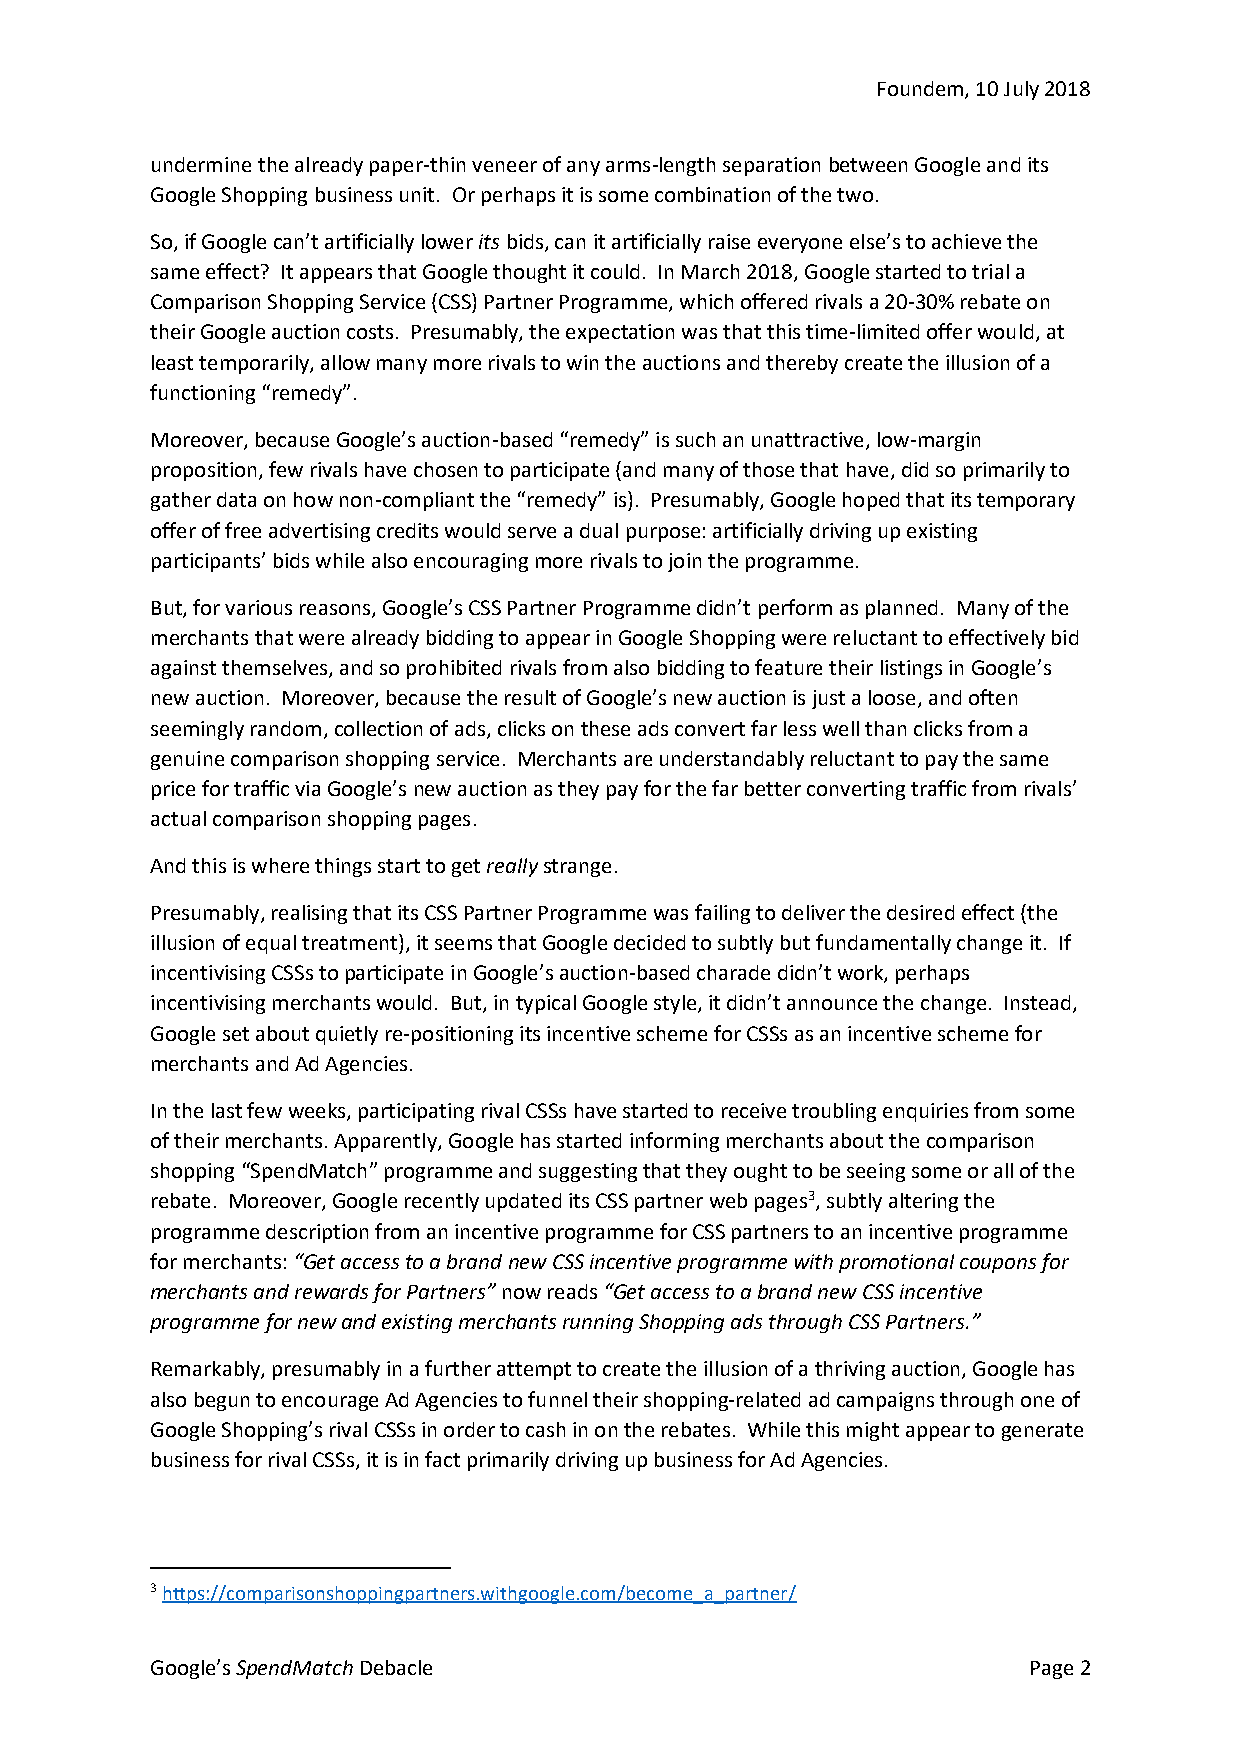
Foundem, 10 July 2018
 undermine the already paper-thin veneer of any arms-length separation between Google and its
 Google Shopping business unit. Or perhaps it is some combination of the two.
 So, if Google can’t artificially lower its bids, can it artificially raise everyone else’s to achieve the
 same effect? It appears that Google thought it could. In March 2018, Google started to trial a
 Comparison Shopping Service (CSS) Partner Programme, which offered rivals a 20-30% rebate on
 their Google auction costs. Presumably, the expectation was that this time-limited offer would, at
 least temporarily, allow many more rivals to win the auctions and thereby create the illusion of a
 functioning “remedy”.
 Moreover, because Google’s auction-based “remedy” is such an unattractive, low-margin
 proposition, few rivals have chosen to participate (and many of those that have, did so primarily to
 gather data on how non-compliant the “remedy” is). Presumably, Google hoped that its temporary
 offer of free advertising credits would serve a dual purpose: artificially driving up existing
 participants’ bids while also encouraging more rivals to join the programme.
 But, for various reasons, Google’s CSS Partner Programme didn’t perform as planned. Many of the
 merchants that were already bidding to appear in Google Shopping were reluctant to effectively bid
 against themselves, and so prohibited rivals from also bidding to feature their listings in Google’s
 new auction. Moreover, because the result of Google’s new auction is just a loose, and often
 seemingly random, collection of ads, clicks on these ads convert far less well than clicks from a
 genuine comparison shopping service. Merchants are understandably reluctant to pay the same
 price for traffic via Google’s new auction as they pay for the far better converting traffic from rivals’
 actual comparison shopping pages.
 And this is where things start to get really strange.
 Presumably, realising that its CSS Partner Programme was failing to deliver the desired effect (the
 illusion of equal treatment), it seems that Google decided to subtly but fundamentally change it. If
 incentivising CSSs to participate in Google’s auction-based charade didn’t work, perhaps
 incentivising merchants would. But, in typical Google style, it didn’t announce the change. Instead,
 Google set about quietly re-positioning its incentive scheme for CSSs as an incentive scheme for
 merchants and Ad Agencies.
 In the last few weeks, participating rival CSSs have started to receive troubling enquiries from some
 of their merchants. Apparently, Google has started informing merchants about the comparison
 shopping “SpendMatch” programme and suggesting that they ought to be seeing some or all of the
 rebate. Moreover, Google recently updated its CSS partner web pages3, subtly altering the
 programme description from an incentive programme for CSS partners to an incentive programme
 for merchants: “Get access to a brand new CSS incentive programme with promotional coupons for
 merchants and rewards for Partners” now reads “Get access to a brand new CSS incentive
 programme for new and existing merchants running Shopping ads through CSS Partners.”
 Remarkably, presumably in a further attempt to create the illusion of a thriving auction, Google has
 also begun to encourage Ad Agencies to funnel their shopping-related ad campaigns through one of
 Google Shopping’s rival CSSs in order to cash in on the rebates. While this might appear to generate
 business for rival CSSs, it is in fact primarily driving up business for Ad Agencies.
 3 https://comparisonshoppingpartners.withgoogle.com/become_a_partner/
 Google’s SpendMatch Debacle                               Page 2